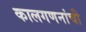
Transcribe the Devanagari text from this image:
कालगणनांची